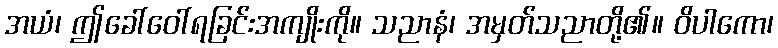
အယံ၊ ဤခေါ်ဝေါ်ရခြင်းအကျိုးကို။ သညာနံ၊ အမှတ်သညာတို့၏။ ဝိပါကော၊